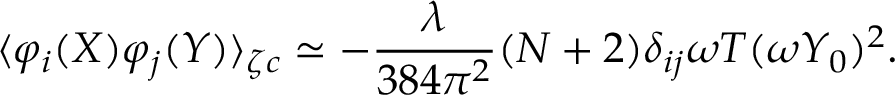
\langle \varphi _ { i } ( X ) \varphi _ { j } ( Y ) \rangle _ { \zeta c } \simeq - \frac { \lambda } { 3 8 4 \pi ^ { 2 } } ( N + 2 ) \delta _ { i j } \omega T ( \omega Y _ { 0 } ) ^ { 2 } .